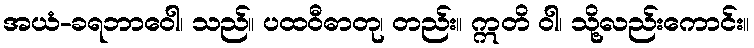
အယံ-ခရဘာဝေါ၊ သည်။ ပထဝီဓာတု၊ တည်း။ ဣတိ ဝါ၊ သို့လည်းကောင်း။